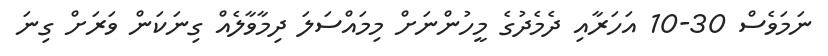
ނަމަވެސް 30-10 އަހަރާއި ދެމެދުގެ މީހުންނަށް މިމައްސަލަ ދިމާވާލެއް ގިނަކަން ވަރަށް ގިނަ